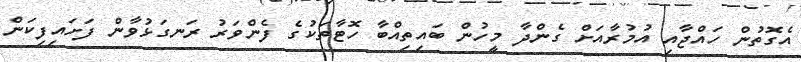
އެގޮތުން ހައްޖާއި އުމުރާއަށް ގެންދާ މީހުން ބައިތިއްބާ ހޮޓާތަކުގެ ފެންވަރު ރަނގަޅުވާން ފަށައިފިކަން